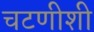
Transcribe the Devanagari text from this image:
चटणीशी